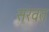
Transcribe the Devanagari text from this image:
सरवत